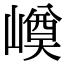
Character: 𡼓